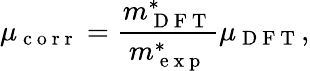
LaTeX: \mu_{\mathrm{~c~o~r~r~}}=\frac{m_{\mathrm{~D~F~T~}}^{*}}{m_{\mathrm{~e~x~p~}}^{*}}\mu_{\mathrm{~D~F~T~}},